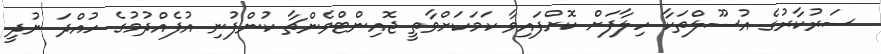
ސަރުކާރުގެ އުސޫލްތަކާ ހިލާފަށް ކޮށްފައިވާ ކަމަކަށްވާތީ ޖޮއިންޓްވެންޗާ ކުންފުނި އުފެއްދުމުގެ ހުއްދަ ނުދީ